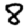
Digit: 8